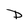
Character: D